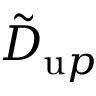
{ \tilde { D } } _ { { \textrm u p } }